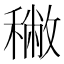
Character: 𥢭